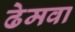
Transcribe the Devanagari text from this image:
ढेमवा